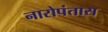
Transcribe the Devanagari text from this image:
नारोपंतास